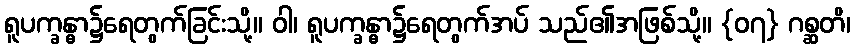
ရူပက္ခန္ဓာ၌ရေတွက်ခြင်းသို့။ ဝါ၊ ရူပက္ခန္ဓာ၌ရေတွက်အပ် သည်၏အဖြစ်သို့။ {၀၇} ဂစ္ဆတိ၊